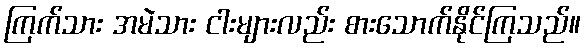
ကြက်သား အမဲသား ငါးများလည်း စားသောက်နိုင်ကြသည်။